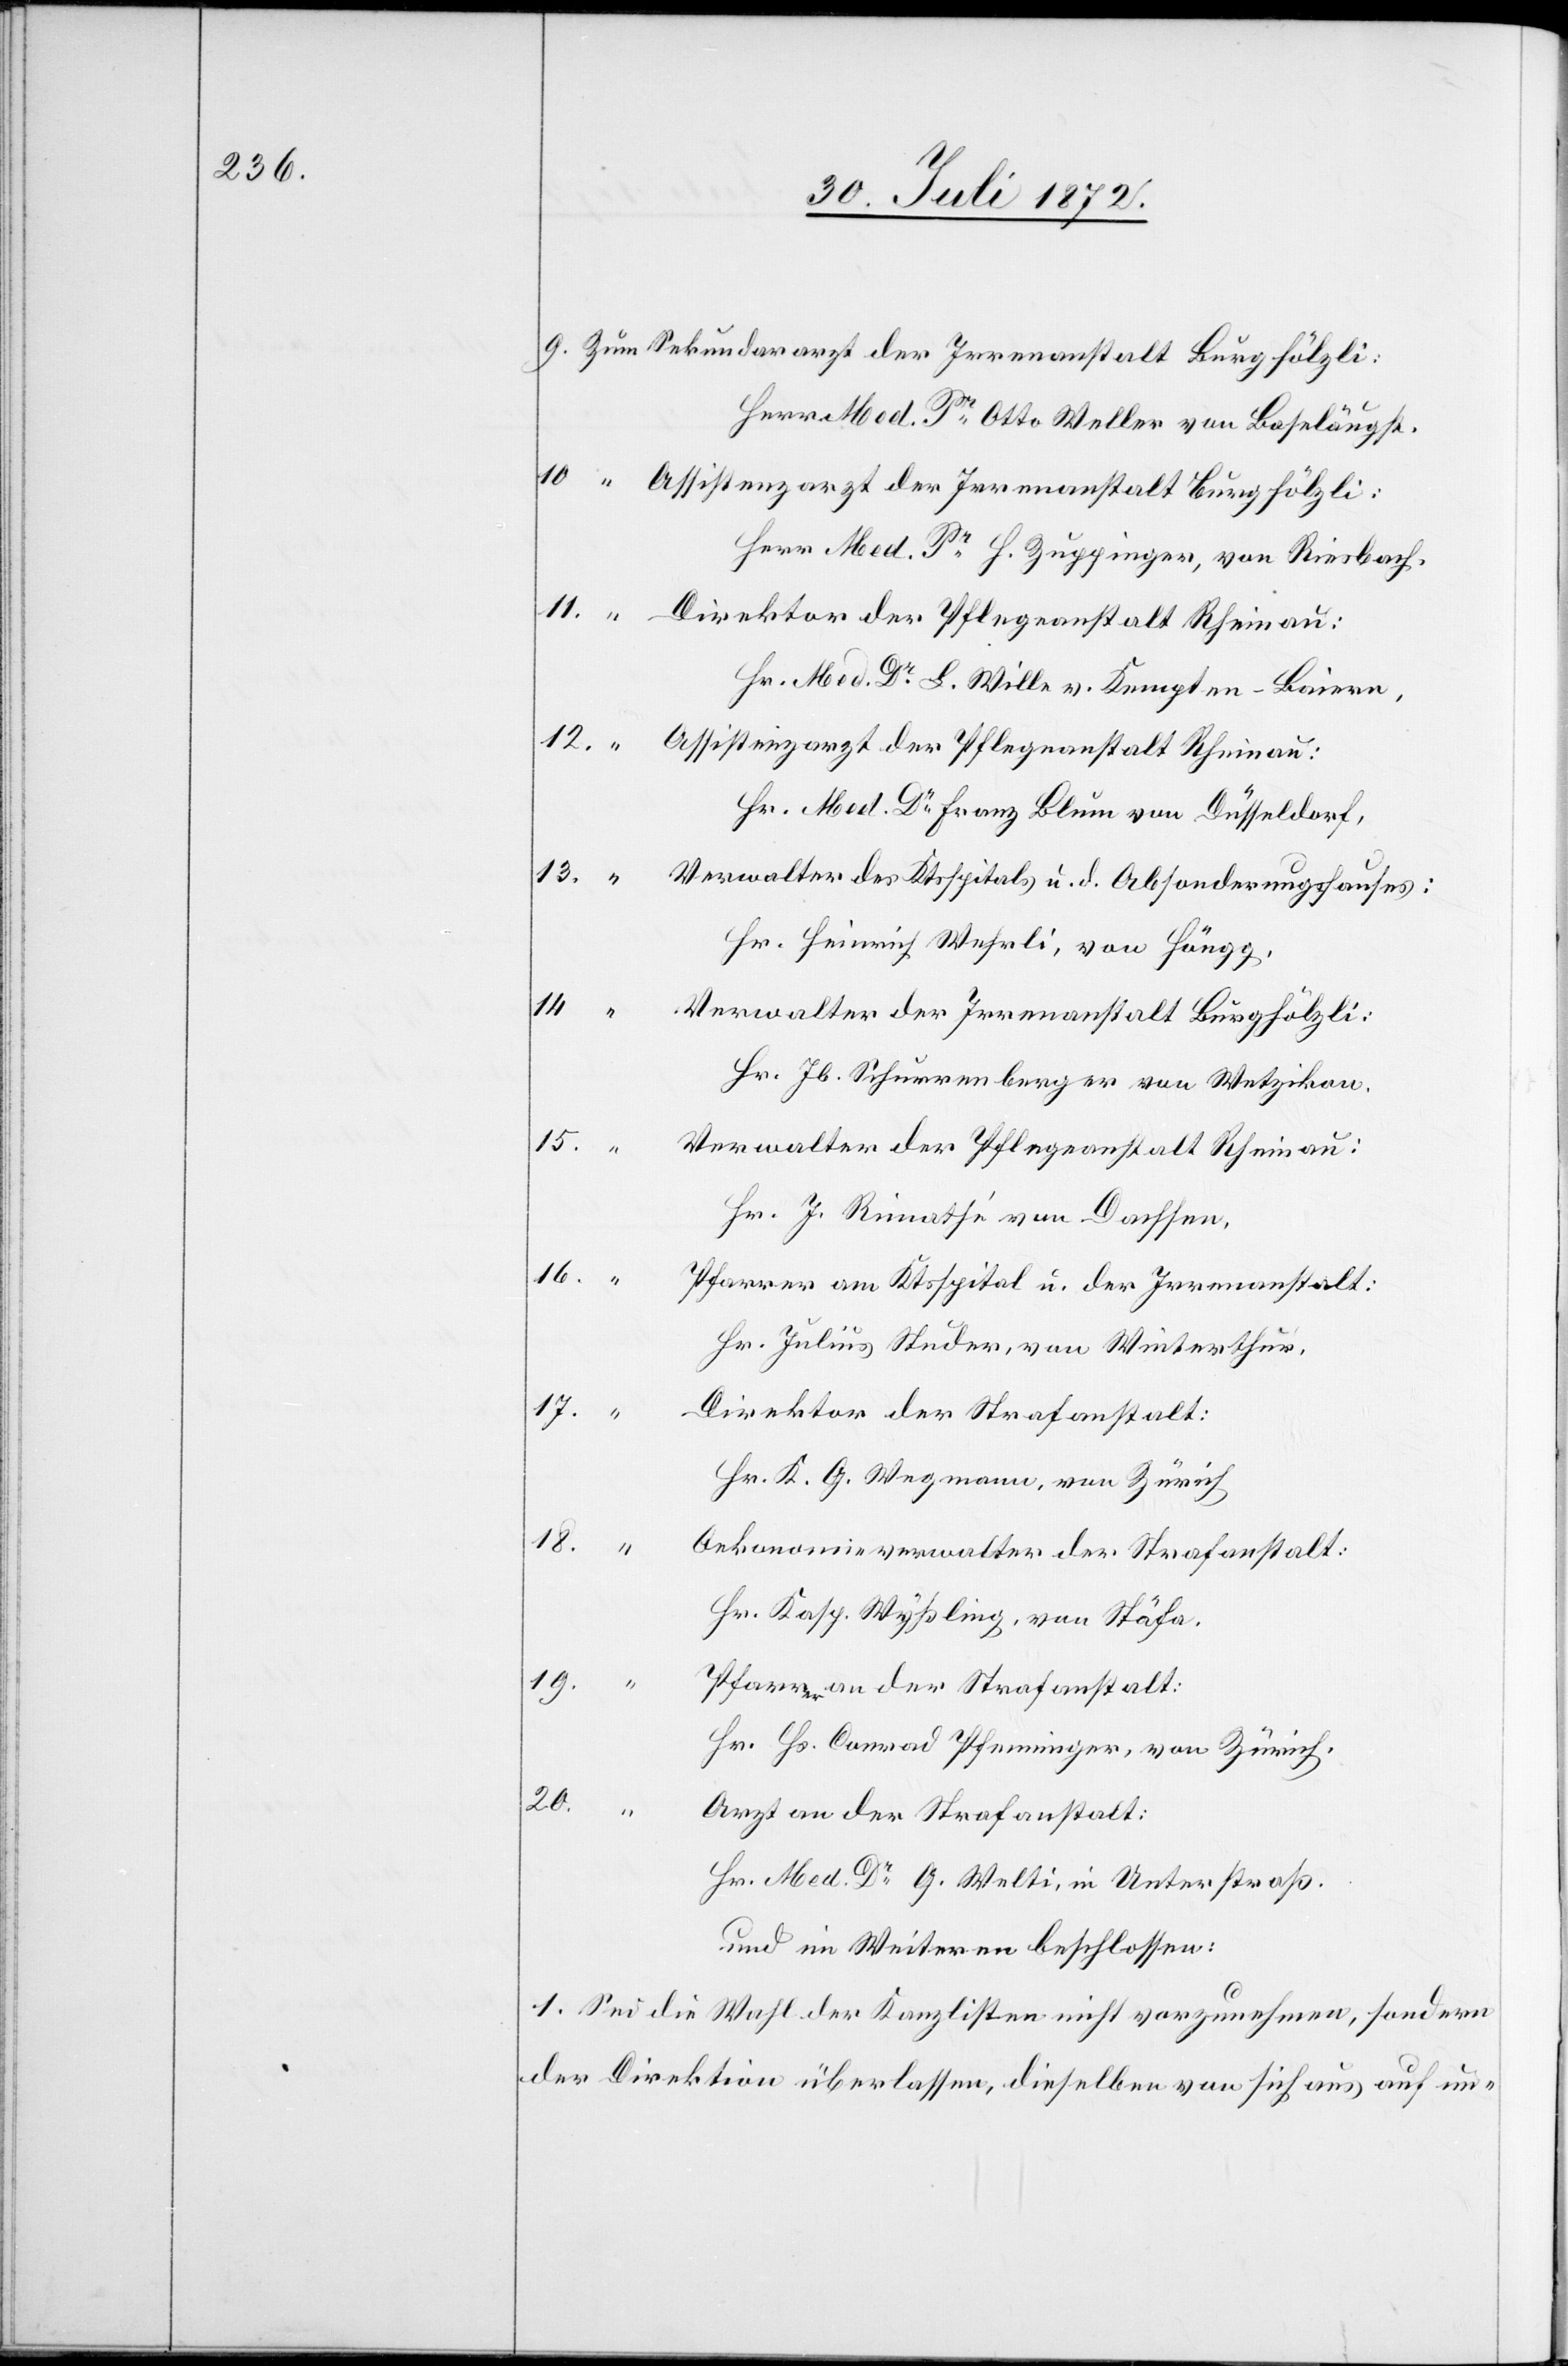
Herrn Med. Pr Otto Weller von Baseläugst.
Assistenzarzt der Irrenanstalt Burghölzli:
Herr Med. Pr H. Zuppinger, von Riesbach,
Direktor der Pflegeanstalt Rheinau:
Hr. Med. Dr L. Wille v. Kempten-Baiern,
Assistenzarzt der Pflegeanstalt Rheinau:
Hr. Med. Dr Franz Blum von Düsseldorf,
Verwalter des Ktsspitals u. d. Absonderungshauses:
Hr. Heinrich Wehrli, von Höngg,
14.
Verwalter der Irrenanstalt Burghölzli:
Hr. Jb. Schurrenberger von Wetzikon,
15.
Verwalter der Pflegeanstalt Rheinau:
Hr. J. Rimathé von Dachsen,
16.
Pfarrer am Ktsspital u. der Irrenanstalt:
Hr. Julius Studer, von Winterthur,
17.
9.
Direktor der Strafanstalt:
Hr. K. G. Wegmann, von Zürich,
18.
Oekonomieverwalter der Strafanstalt:
Hr. Kasp. Wyßling, von Stäfa,
19.
Pfarrer an der Strafanstalt:
Hr. Hs. Conrad Pfenninger, von Zürich,
20.
Arzt an der Strafanstalt:
Hr. Med. Dr G. Welti, in Unterstraß.
und im Weiteren beschlossen:
1. Sei die Wahl der Kanzlisten nicht vorzunehmen, sondern
der Direktion überlassen, dieselben von sich aus auf un-